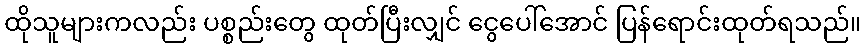
ထိုသူများကလည်း ပစ္စည်းတွေ ထုတ်ပြီးလျှင် ငွေပေါ်အောင် ပြန်ရောင်းထုတ်ရသည်။